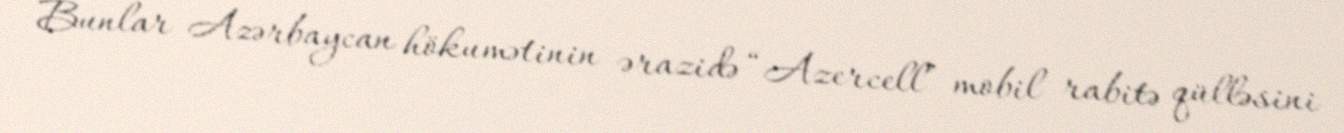
Bunlar Azərbaycan hökumətinin ərazidə “Azercell” mobil rabitə qülləsini